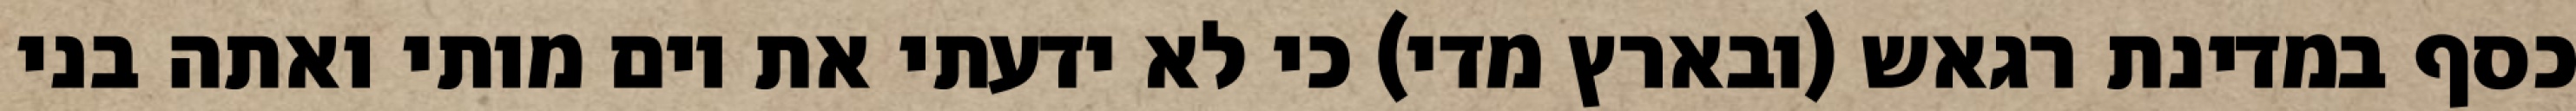
כסף במדינת רגאש (ובארץ מדי) כי לא ידעתי את יום מותי ואתה בני